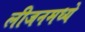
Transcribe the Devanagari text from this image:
लीजनमध्ये